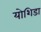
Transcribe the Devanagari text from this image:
योशिडा